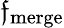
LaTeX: \mathfrak{f}_{\mathrm{{merge}}}